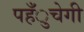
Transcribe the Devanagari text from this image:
पहँुचेगी